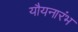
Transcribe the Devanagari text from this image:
यौयनारंभ